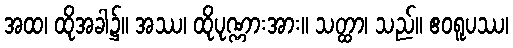
အထ၊ ထိုအခါ၌။ အဿ၊ ထိုပုဏ္ဏားအား။ သတ္ထာ၊ သည်။ ဧဝရူပဿ၊